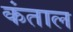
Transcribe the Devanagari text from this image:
कंताल